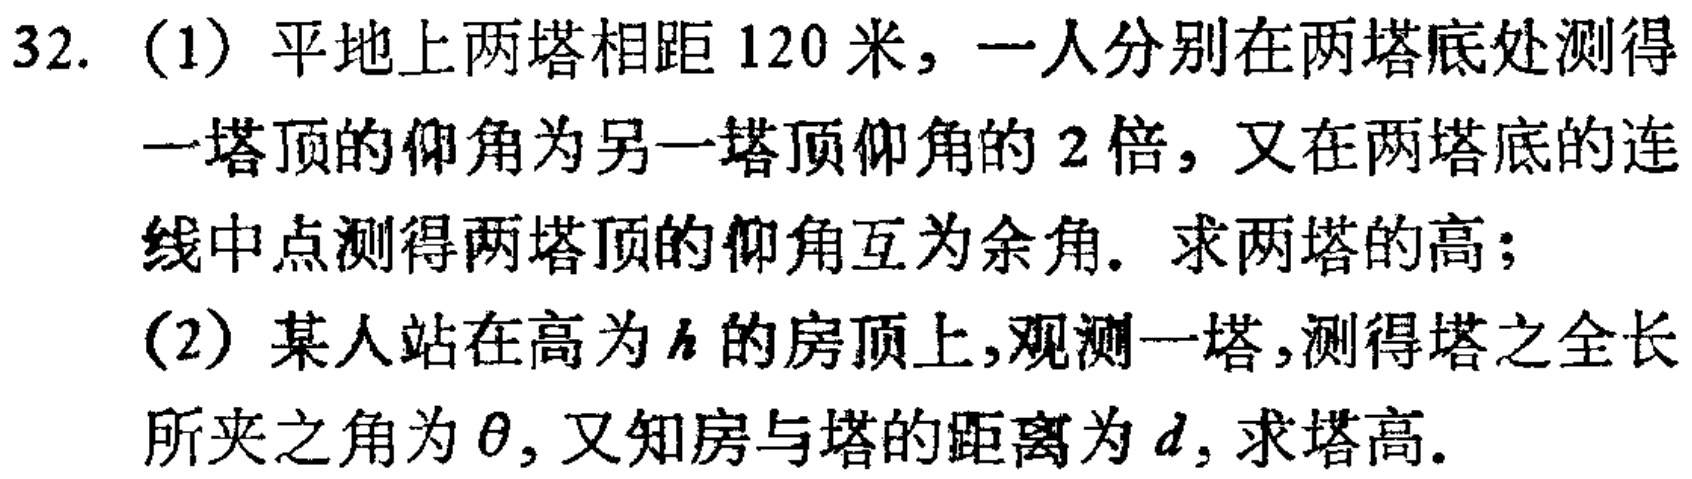
32. (1) 平地上两塔相距 \(120\) 米，一人分别在两塔底处测得一塔顶的仰角为另一塔顶仰角的 \(2\) 倍，又在两塔底的连线中点测得两塔顶的仰角互为余角. 求两塔的高；
(2) 某人站在高为 \(h\) 的房顶上，观测一塔，测得塔之全长所夹之角为 \(\theta\)，又知房与塔的距离为 \(d\)，求塔高.